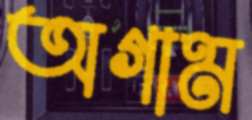
অগাম